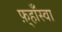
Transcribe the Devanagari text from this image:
फ़्हाँस्वा